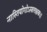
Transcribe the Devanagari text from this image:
नास्तियोगोऽस्वलक्षकः।।